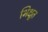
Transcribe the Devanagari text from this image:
भिक्षूत